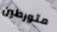
متورطين